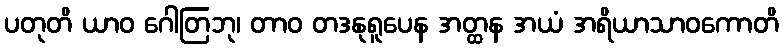
ပတုတိ ယာဝ ဂေါတြဘု၊ တာဝ တဒနုရူပေန အတ္ထန အယံ အရိယာသာဝကောတိ